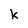
Character: k